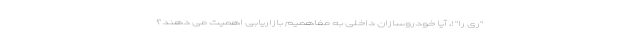
"ری را" !، آیا خودروسازان داخلی به مفاهمیم بازاریابی اهمیت می دهند؟